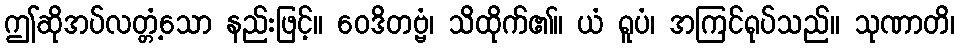
ဤဆိုအပ်လတ္တံ့သော နည်းဖြင့်။ ဝေဒိတဗ္ဗံ၊ သိထိုက်၏။ ယံ ရူပံ၊ အကြင်ရုပ်သည်။ သုဏာတိ၊